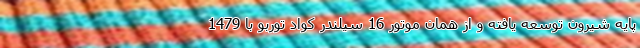
پایه شیرون توسعه یافته و از همان موتور 16 سیلندر کواد توربو با 1479